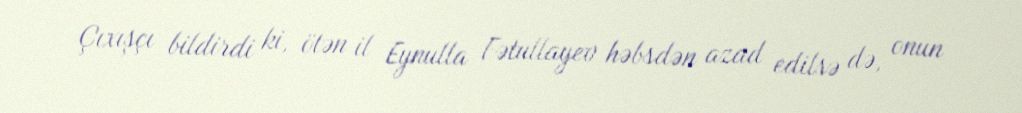
Çıxışçı bildirdi ki, ötən il Eynulla Fətullayev həbsdən azad edilsə də, onun